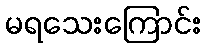
မရသေးကြောင်း